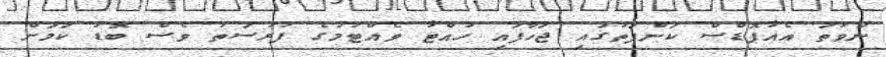
ނުވަތަ އެއާޕޮޑްސް ކަންފަތުގައި ޖަހާފައި ހުއްޓާ ވެއްޓުމުގެ ފުރުސަތު ވެސް ބޮޑު ކަމަށް